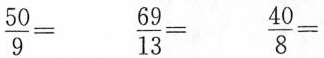
$$\frac{50}{9}=$$ $$\frac{69}{13}=$$ $$\frac{40}{8}=$$